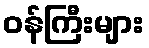
ဝန်ကြီးများ